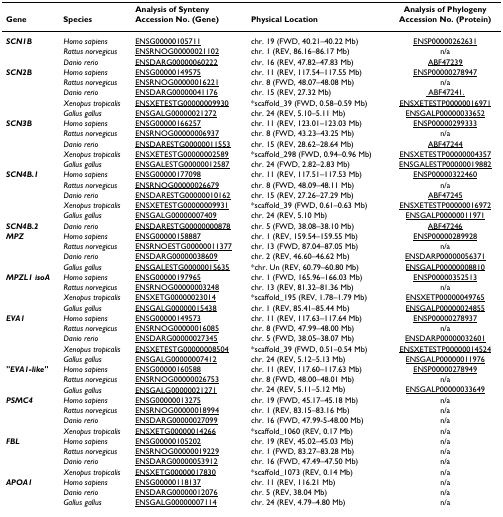
<table><thead><tr><td></td><td></td><td><b>Analysis of Synteny</b></td><td></td><td><b>Analysis of Phylogeny</b></td></tr><tr><td><b>Gene</b></td><td><b>Species</b></td><td><b>Accession No. (Gene)</b></td><td><b>Physical Location</b></td><td><b>Accession No. (Protein)</b></td></tr></thead><tbody><tr><td><b><i>SCN1B</i></b></td><td><i>Homo sapiens</i></td><td><underline>ENSG00000105711</underline></td><td>chr. 19 (FWD, 40.21–40.22 Mb)</td><td><underline>ENSP00000262631</underline></td></tr><tr><td></td><td><i>Rattus norvegicus</i></td><td><underline>ENSRNOG00000021102</underline></td><td>chr. 1 (REV, 86.16–86.17 Mb)</td><td>n/a</td></tr><tr><td></td><td><i>Danio rerio</i></td><td><underline>ENSDARG00000060222</underline></td><td>chr. 16 (REV, 47.82–47.83 Mb)</td><td><underline>ABF47239</underline></td></tr><tr><td><b><i>SCN2B</i></b></td><td><i>Homo sapiens</i></td><td><underline>ENSG00000149575</underline></td><td>chr. 11 (REV, 117.54–117.55 Mb)</td><td><underline>ENSP00000278947</underline></td></tr><tr><td></td><td><i>Rattus norvegicus</i></td><td><underline>ENSRNOG00000016221</underline></td><td>chr. 8 (FWD, 48.07–48.08 Mb)</td><td>n/a</td></tr><tr><td></td><td><i>Danio rerio</i></td><td><underline>ENSDARG00000041176</underline></td><td>chr. 15 (REV, 27.32 Mb)</td><td><underline> ABF47241.</underline></td></tr><tr><td></td><td><i>Xenopus tropicalis</i></td><td><underline>ENSXETESTG00000009930</underline></td><td>*scaffold_39 (FWD, 0.58–0.59 Mb)</td><td><underline>ENSXETESTP00000016971</underline></td></tr><tr><td></td><td><i>Gallus gallus</i></td><td><underline>ENSGALG00000021272</underline></td><td>chr. 24 (REV, 5.10–5.11 Mb)</td><td><underline>ENSGALP00000033652</underline></td></tr><tr><td><b><i>SCN3B</i></b></td><td><i>Homo sapiens</i></td><td><underline>ENSG00000166257</underline></td><td>chr. 11 (REV, 123.01–123.03 Mb)</td><td><underline>ENSP00000299333</underline></td></tr><tr><td></td><td><i>Rattus norvegicus</i></td><td><underline>ENSRNOG00000006937</underline></td><td>chr. 8 (FWD, 43.23–43.25 Mb)</td><td>n/a</td></tr><tr><td></td><td><i>Danio rerio</i></td><td><underline>ENSDARESTG00000011553</underline></td><td>chr. 15 (REV, 28.62–28.64 Mb)</td><td><underline>ABF47244</underline></td></tr><tr><td></td><td><i>Xenopus tropicalis</i></td><td><underline>ENSXETESTG00000002589</underline></td><td>*scaffold_298 (FWD, 0.94–0.96 Mb)</td><td><underline>ENSXETESTP00000004357</underline></td></tr><tr><td></td><td><i>Gallus gallus</i></td><td><underline>ENSGALESTG00000012587</underline></td><td>chr. 24 (FWD, 2.82–2.83 Mb)</td><td><underline>ENSGALESTP00000019882</underline></td></tr><tr><td><b><i>SCN4B.1</i></b></td><td><i>Homo sapiens</i></td><td><underline>ENSG00000177098</underline></td><td>chr. 11 (REV, 117.51–117.53 Mb)</td><td><underline>ENSP00000322460</underline></td></tr><tr><td></td><td><i>Rattus norvegicus</i></td><td><underline>ENSRNOG00000026679</underline></td><td>chr. 8 (FWD, 48.09–48.11 Mb)</td><td>n/a</td></tr><tr><td></td><td><i>Danio rerio</i></td><td><underline>ENSDARESTG00000010162</underline></td><td>chr. 15 (REV, 27.26–27.29 Mb)</td><td><underline>ABF47245</underline></td></tr><tr><td></td><td><i>Xenopus tropicalis</i></td><td><underline>ENSXETESTG00000009931</underline></td><td>*scaffold_39 (FWD, 0.61–0.63 Mb)</td><td><underline>ENSXETESTP00000016972</underline></td></tr><tr><td></td><td><i>Gallus gallus</i></td><td><underline>ENSGALG00000007409</underline></td><td>chr. 24 (REV, 5.10 Mb)</td><td><underline>ENSGALP00000011971</underline></td></tr><tr><td><b><i>SCN4B.2</i></b></td><td><i>Danio rerio</i></td><td><underline>ENSDARESTG00000000878</underline></td><td>chr. 5 (FWD, 38.08–38.10 Mb)</td><td><underline>ABF47246</underline></td></tr><tr><td><b><i>MPZ</i></b></td><td><i>Homo sapiens</i></td><td><underline>ENSG00000158887</underline></td><td>chr. 1 (REV, 159.54–159.55 Mb)</td><td><underline>ENSP00000289928</underline></td></tr><tr><td></td><td><i>Rattus norvegicus</i></td><td><underline>ENSRNOESTG00000011377</underline></td><td>chr. 13 (FWD, 87.04–87.05 Mb)</td><td>n/a</td></tr><tr><td></td><td><i>Danio rerio</i></td><td><underline>ENSDARG00000038609</underline></td><td>chr. 2 (REV, 46.60–46.62 Mb)</td><td><underline>ENSDARP00000056371</underline></td></tr><tr><td></td><td><i>Gallus gallus</i></td><td><underline>ENSGALESTG00000015635</underline></td><td>*chr. Un (REV, 60.79–60.80 Mb)</td><td><underline>ENSGALP00000008810</underline></td></tr><tr><td><b><i>MPZL1 isoA</i></b></td><td><i>Homo sapiens</i></td><td><underline>ENSG00000197965</underline></td><td>chr. 1 (FWD, 165.96–166.03 Mb)</td><td><underline>ENSP00000352513</underline></td></tr><tr><td></td><td><i>Rattus norvegicus</i></td><td><underline>ENSRNOG00000003248</underline></td><td>chr. 13 (REV, 81.32–81.36 Mb)</td><td>n/a</td></tr><tr><td></td><td><i>Xenopus tropicalis</i></td><td><underline>ENSXETG00000023014</underline></td><td>*scaffold_195 (REV, 1.78–1.79 Mb)</td><td><underline>ENSXETP00000049765</underline></td></tr><tr><td></td><td><i>Gallus gallus</i></td><td><underline>ENSGALG00000015438</underline></td><td>chr. 1 (REV, 85.41–85.44 Mb)</td><td><underline>ENSGALP00000024855</underline></td></tr><tr><td><b><i>EVA1</i></b></td><td><i>Homo sapiens</i></td><td><underline>ENSG00000149573</underline></td><td>chr. 11 (REV, 117.63–117.64 Mb)</td><td><underline>ENSP00000278937</underline></td></tr><tr><td></td><td><i>Rattus norvegicus</i></td><td><underline>ENSRNOG00000016085</underline></td><td>chr. 8 (FWD, 47.99–48.00 Mb)</td><td>n/a</td></tr><tr><td></td><td><i>Danio rerio</i></td><td><underline>ENSDARG00000027345</underline></td><td>chr. 5 (FWD, 38.05–38.07 Mb)</td><td><underline>ENSDARP00000032601</underline></td></tr><tr><td></td><td><i>Xenopus tropicalis</i></td><td><underline>ENSXETESTG00000008504</underline></td><td>*scaffold_39 (FWD, 0.51–0.54 Mb)</td><td><underline>ENSXETESTP00000014524</underline></td></tr><tr><td></td><td><i>Gallus gallus</i></td><td><underline>ENSGALG00000007412</underline></td><td>chr. 24 (REV, 5.12–5.13 Mb)</td><td><underline>ENSGALP00000011976</underline></td></tr><tr><td><b><i>&quot;EVA1-like&quot;</i></b></td><td><i>Homo sapiens</i></td><td><underline>ENSG00000160588</underline></td><td>chr. 11 (REV, 117.60–117.63 Mb)</td><td><underline>ENSP00000278949</underline></td></tr><tr><td></td><td><i>Rattus norvegicus</i></td><td><underline>ENSRNOG00000026753</underline></td><td>chr. 8 (FWD, 48.00–48.01 Mb)</td><td>n/a</td></tr><tr><td></td><td><i>Gallus gallus</i></td><td><underline>ENSGALG00000021271</underline></td><td>chr. 24 (REV, 5.11–5.12 Mb)</td><td><underline>ENSGALP00000033649</underline></td></tr><tr><td><b><i>PSMC4</i></b></td><td><i>Homo sapiens</i></td><td><underline>ENSG00000013275</underline></td><td>chr. 19 (FWD, 45.17–45.18 Mb)</td><td>n/a</td></tr><tr><td></td><td><i>Rattus norvegicus</i></td><td><underline>ENSRNOG00000018994</underline></td><td>chr. 1 (REV, 83.15–83.16 Mb)</td><td>n/a</td></tr><tr><td></td><td><i>Danio rerio</i></td><td><underline>ENSDARG00000027099</underline></td><td>chr. 16 (FWD, 47.99-5-48.00 Mb)</td><td>n/a</td></tr><tr><td></td><td><i>Xenopus tropicalis</i></td><td><underline>ENSXETG00000014266</underline></td><td>*scaffold_1060 (REV, 0.17 Mb)</td><td>n/a</td></tr><tr><td><b><i>FBL</i></b></td><td><i>Homo sapiens</i></td><td><underline>ENSG00000105202</underline></td><td>chr. 19 (REV, 45.02–45.03 Mb)</td><td>n/a</td></tr><tr><td></td><td><i>Rattus norvegicus</i></td><td><underline>ENSRNOG00000019229</underline></td><td>chr. 1 (FWD, 83.27–83.28 Mb)</td><td>n/a</td></tr><tr><td></td><td><i>Danio rerio</i></td><td><underline>ENSDARG00000053912</underline></td><td>chr. 16 (FWD, 47.49–47.50 Mb)</td><td>n/a</td></tr><tr><td></td><td><i>Xenopus tropicalis</i></td><td><underline>ENSXETG00000017830</underline></td><td>*scaffold_1073 (REV, 0.14 Mb)</td><td>n/a</td></tr><tr><td><b><i>APOA1</i></b></td><td><i>Homo sapiens</i></td><td><underline>ENSG00000118137</underline></td><td>chr. 11 (REV, 116.21 Mb)</td><td>n/a</td></tr><tr><td></td><td><i>Danio rerio</i></td><td><underline>ENSDARG00000012076</underline></td><td>chr. 5 (REV, 38.04 Mb)</td><td>n/a</td></tr><tr><td></td><td><i>Gallus gallus</i></td><td><underline>ENSGALG00000007114</underline></td><td>chr. 24 (REV, 4.79–4.80 Mb)</td><td>n/a</td></tr></tbody></table>